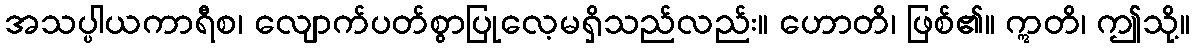
အသပ္ပါယကာရီစ၊ လျောက်ပတ်စွာပြုလေ့မရှိသည်လည်း။ ဟောတိ၊ ဖြစ်၏။ ဣတိ၊ ဤသို့။